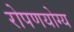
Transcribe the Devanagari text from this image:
रोपणयोग्य